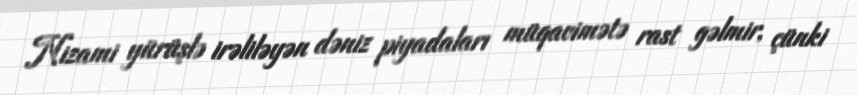
Nizami yürüşlə irəliləyən dəniz piyadaları müqavimətə rast gəlmir, çünki